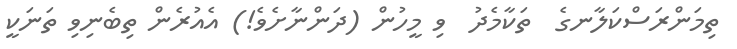
ތިމަންރަސްކަލާނގެ  ތަކާމެދު  ވި މީހުން (ދަންނާށެވެ!) އެއުރެން ތިބެނިވި ތަނަކީ